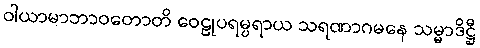
ဝါယာမာဘာဝတောတိ ဝေဠုပရမ္ပရာယ သရဏာဂမနေ သမ္မာဒိဋ္ဌီ